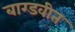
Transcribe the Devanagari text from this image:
बाग्डवीत